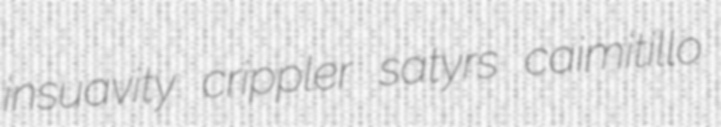
insuavity crippler satyrs caimitillo